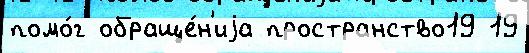
помо́г обраще́н'иjа пространство19 19